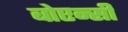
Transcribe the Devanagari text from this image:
बोएन्सी